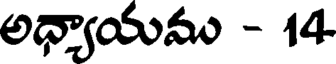
అధ్యాయము - 14